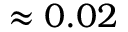
\approx 0 . 0 2